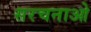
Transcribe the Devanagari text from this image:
सरचनाओ